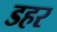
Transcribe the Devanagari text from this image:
डहर